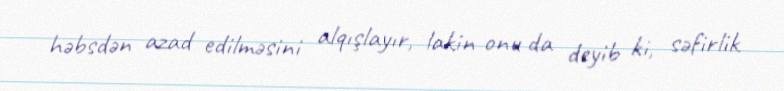
həbsdən azad edilməsini alqışlayır, lakin onu da deyib ki, səfirlik